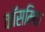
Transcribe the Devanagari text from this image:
कॉसमिक